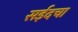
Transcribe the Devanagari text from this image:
सईदचा